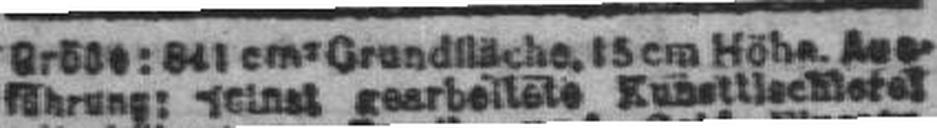
führung: seinst gearbeitete Kunstlischleres